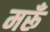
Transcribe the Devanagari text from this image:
मरूँ